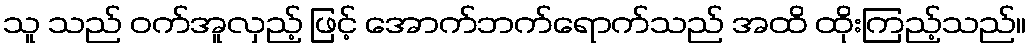
သူ သည် ဝက်အူလှည့် ဖြင့် အောက်ဘက်ရောက်သည် အထိ ထိုးကြည့်သည်။